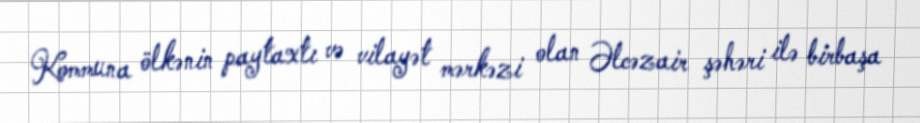
Kommuna ölkənin paytaxtı və vilayət mərkəzi olan Əlcəzair şəhəri ilə birbaşa